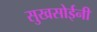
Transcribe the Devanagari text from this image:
सुखसोईनी